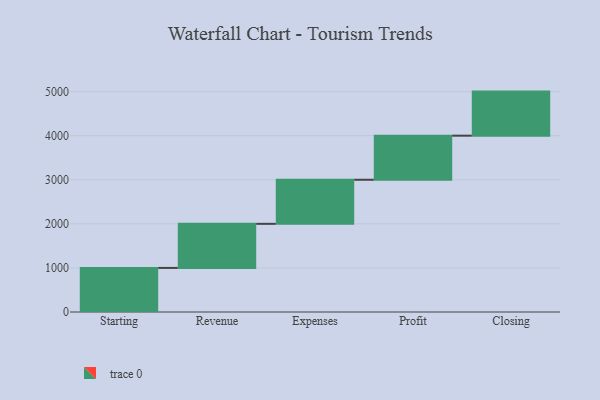
{"axis": {"x": "Step", "y": "Value"}, "legend": [""], "data": [{"x": "Starting", "y": 1000, "type": ""}, {"x": "Revenue", "y": 1000, "type": ""}, {"x": "Expenses", "y": 1000, "type": ""}, {"x": "Profit", "y": 1000, "type": ""}, {"x": "Closing", "y": 1000, "type": ""}]}